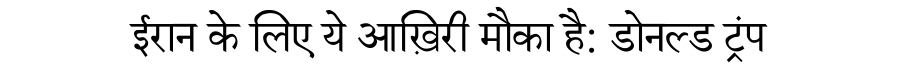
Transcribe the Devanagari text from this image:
ईरान के लिए ये आख़िरी मौका है: डोनल्ड ट्रंप